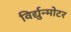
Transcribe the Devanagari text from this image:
विर्द्युन्मोटर